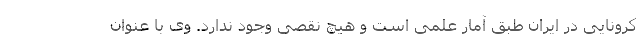
کرونایی در ایران طبق آمار علمی است و هیچ نقصی وجود ندارد. وی با عنوان